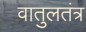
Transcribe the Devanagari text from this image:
वातुलतंत्र